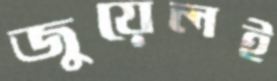
জুয়েলই